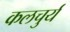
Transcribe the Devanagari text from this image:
कलचुर्य